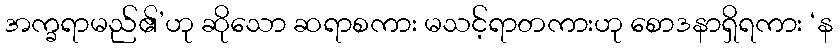
အက္ခရာမည်၏’ဟု ဆိုသော ဆရာစကား မသင့်ရာတကားဟု စောဒနာရှိရကား ‘န